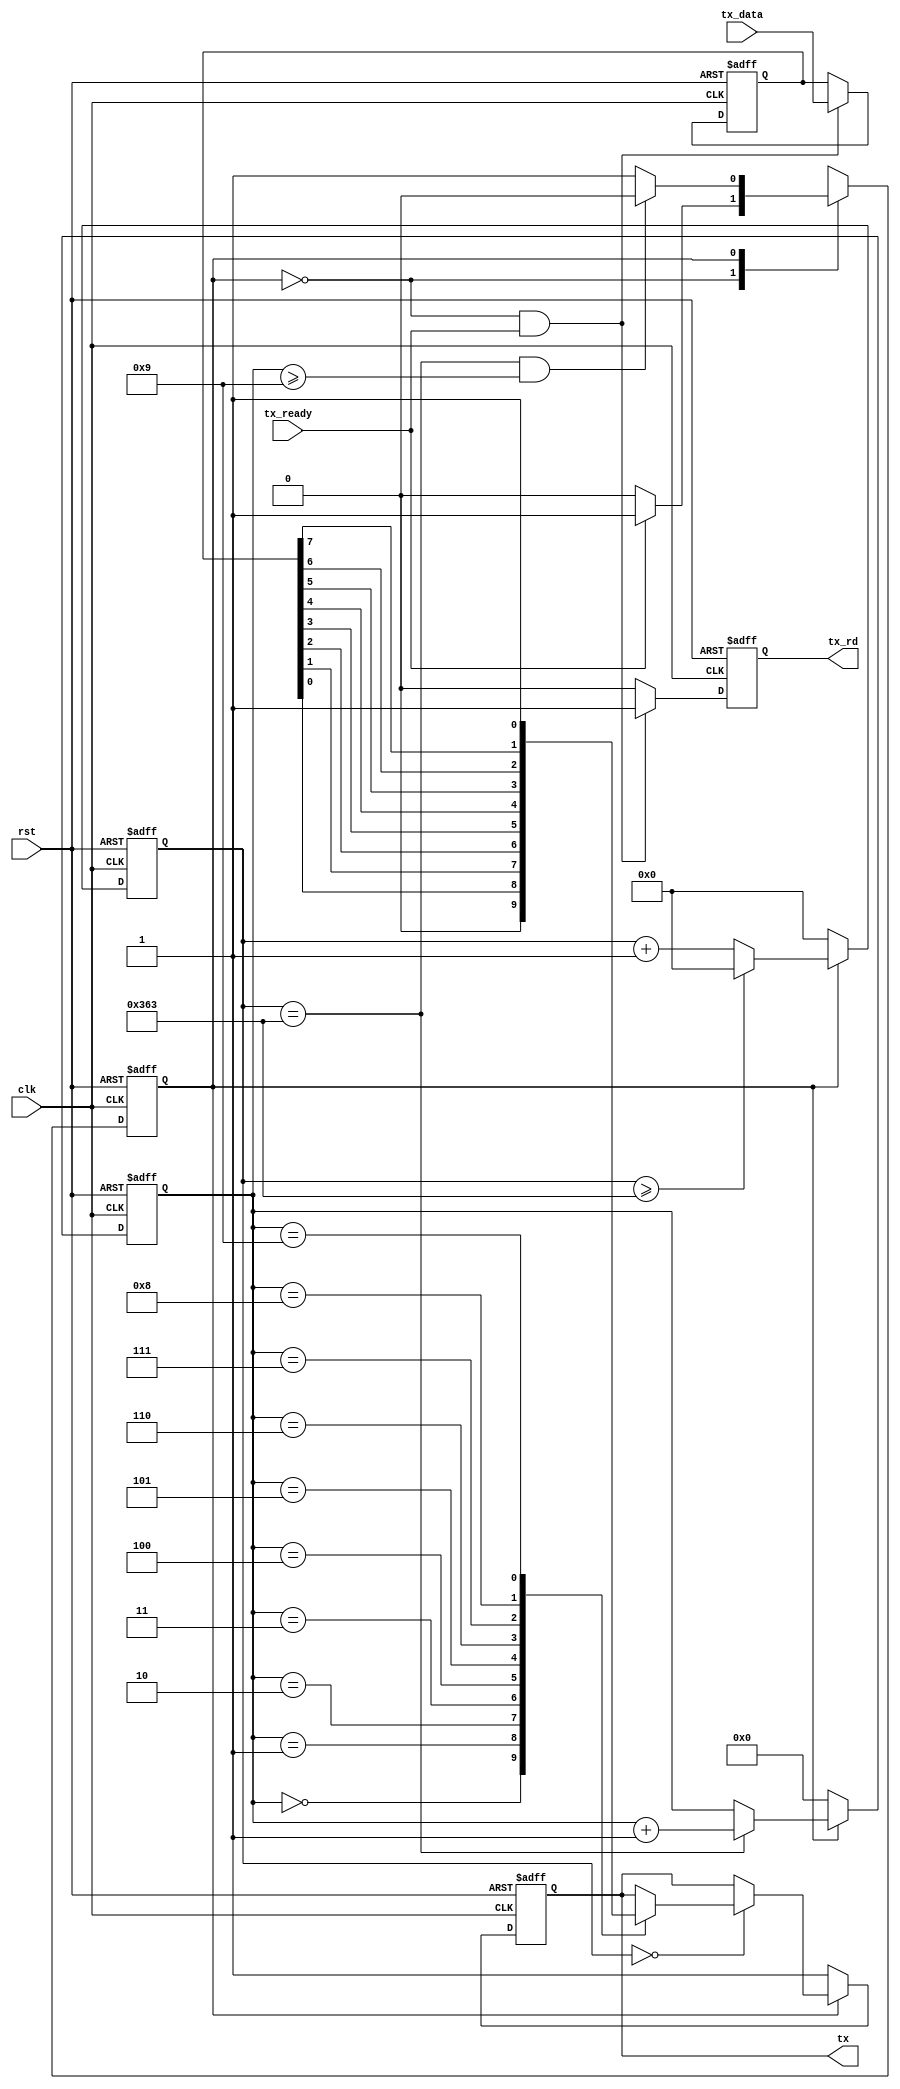
`timescale 1ns / 1ps
//////////////////////////////////////////////////////////////////////////////////
// Company: 
// Engineer: 
// 
// Design Name: 
// Module Name: tx
// Project Name: 
// Target Devices: 
// Tool Versions: 
// Description: 
// 
// Dependencies: 
// 
// Revision:
// Revision 0.01 - File Created
// Additional Comments:
// 
//////////////////////////////////////////////////////////////////////////////////


module tx(
    
    input           clk,
    input rst,
    input           tx_ready,
    input   [7:0]   tx_data,
    
    output  reg     tx,
    output  reg     tx_rd
    
);

    parameter   DIV_CNT   = 10'd867;
    parameter   HDIV_CNT  = 10'd433;
    parameter   TX_CNT    = 4'h9;
    parameter   C_IDLE    = 1'b0;
    parameter   C_TX      = 1'b1;    
    
    reg         curr_state;
    reg         next_state;    
    reg [9:0]   div_cnt;
    reg [4:0]   tx_cnt;
    reg [7:0]   tx_reg;
    
    always@(posedge clk or posedge rst)begin
        if(rst)begin
            curr_state  <= C_IDLE;
        end else begin
            curr_state  <= next_state;
        end
    end    
    
    always@(*)begin
        case(curr_state)
        C_IDLE:
            if(tx_ready==1'b1)begin
                next_state  = C_TX;
            end else begin
                next_state  = C_IDLE;
            end
        C_TX:
            if((div_cnt==DIV_CNT)&&(tx_cnt>=TX_CNT))begin
                next_state  = C_IDLE;
            end else begin
                next_state  = C_TX;
            end
        endcase
    end

    always@(posedge clk or posedge rst)begin
        if(rst)begin
            div_cnt <= 10'h0;
        end else if(curr_state==C_TX)begin
            if(div_cnt>=DIV_CNT)begin
                div_cnt <= 10'h0;
            end else begin
                div_cnt <= div_cnt + 10'h1;
            end
        end else begin
            div_cnt <= 10'h0;
        end
    end

    always@(posedge clk or posedge rst)begin
        if(rst)begin
            tx_cnt  <= 4'h0;
        end else if(curr_state==C_TX)begin
            if(div_cnt==DIV_CNT)begin
                tx_cnt <= tx_cnt + 1'b1;
            end
        end else begin
            tx_cnt <= 4'h0;
        end
    end

    always@(posedge clk or posedge rst)begin
        if(rst)begin
            tx_rd   <= 1'b0;
        end else if((curr_state==C_IDLE)&&(tx_ready==1'b1))begin
            tx_rd   <= 1'b1;
        end else begin
            tx_rd   <= 1'b0;
        end
    end

    always@(posedge clk or posedge rst)begin
        if(rst)begin
            tx_reg  <= 8'b0;
        end else if((curr_state==C_IDLE)&&(tx_ready==1'b1))begin
            tx_reg  <= tx_data;
        end
    end

    always@(posedge clk or posedge rst)begin
        if(rst)begin
            tx  <= 1'b1;
        end else if(curr_state==C_IDLE)begin
            tx  <= 1'b1;
        end else if(div_cnt==10'h0)begin
            case(tx_cnt)
            4'h0:   tx  <= 1'b0;
            4'h1:   tx  <= tx_reg[0];
            4'h2:   tx  <= tx_reg[1];
            4'h3:   tx  <= tx_reg[2];
            4'h4:   tx  <= tx_reg[3];
            4'h5:   tx  <= tx_reg[4];
            4'h6:   tx  <= tx_reg[5];
            4'h7:   tx  <= tx_reg[6];
            4'h8:   tx  <= tx_reg[7];
            4'h9:   tx  <= 1'b1;
            endcase
        end
    end

endmodule